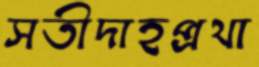
সতীদাহপ্রথা